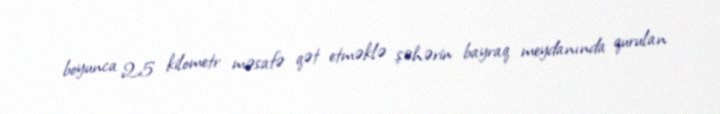
boyunca 2,5 kilometr məsafə qət etməklə şəhərin bayraq meydanında qurulan